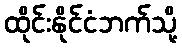
ထိုင်းနိုင်ငံဘက်သို့